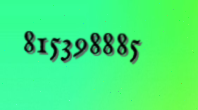
815398885